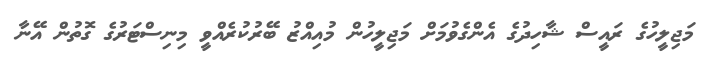
މަޖިލީހުގެ ރައީސް ޝާހިދުގެ އެންގެވުމަށް މަޖިލީހުން މުއިއްޒު ބޭރުކުރެއްވީ މިނިސްޓަރުގެ ގޮތުން އޭނާ